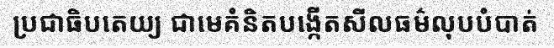
ប្រជាធិបតេយ្យ ជាមេគំនិតបង្កើតសីលធម៌លុបបំបាត់